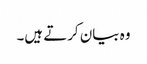
وہ بیان کرتے ہیں۔